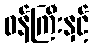
ဝန်ကြီးနှင့်